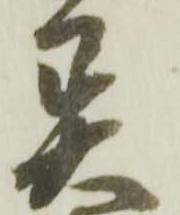
異